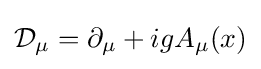
{\mathcal {D}}_{\mu }=\partial _{\mu }+igA_{\mu }(x)